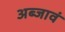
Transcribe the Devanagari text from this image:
अब्जावं